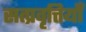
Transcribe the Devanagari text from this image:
सत्प्रवृत्तियाँ